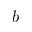
b